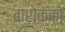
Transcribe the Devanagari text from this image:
बारोक्को